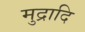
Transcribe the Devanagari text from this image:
मुद्रादि